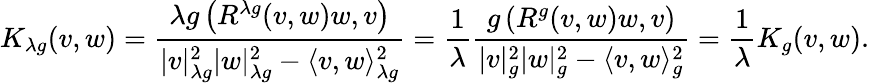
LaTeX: K_{\lambda g}(v,w)={\frac{\lambda g\left(R^{\lambda g}(v,w)w,v\right)}{|v|_{\lambda g}^{2}|w|_{\lambda g}^{2}-\langle v,w\rangle{\vphantom{|}}_{\lambda g}^{2}}}={\frac{1}{\lambda}}{\frac{g\left(R^{g}(v,w)w,v\right)}{|v|_{g}^{2}|w|_{g}^{2}-\langle v,w\rangle{\vphantom{|}}_{g}^{2}}}={\frac{1}{\lambda}}K_{g}(v,w).